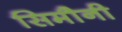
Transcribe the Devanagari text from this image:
सिमौनी